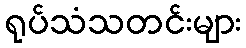
ရုပ်သံသတင်းများ